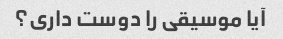
آیا موسیقی را دوست داری؟